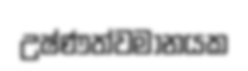
උෂ්ණත්වමානයක